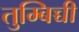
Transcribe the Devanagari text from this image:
तुम्बिच्ची